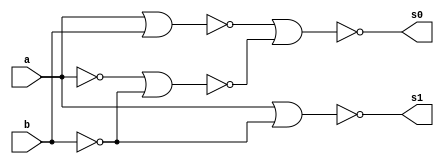
// Guia 04_04 - Meia Diferenca NOR
// Nome: Andr Silveira Gomes de Paiva



module meiadiferenca (s0, s1, a, b);
 output s0, s1;
 input  a, b;
 wire s2,s3,s4,s5,s6;
 
 nor norgate1 (s2, a, a);
 nor norgate2 (s3, b, b);
 nor norgate3 (s4, s2, s3);
 nor norgate4 (s5, a, b);
 nor norgate5 (s0, s5, s4);
 nor norgate6 (s6, s2, s2);
 nor norgate7 (s1, s6, s3);
 
 endmodule



module testmeiadiferenca;
 reg   a, b;             
 wire  s0, s1;
         
 meiadiferenca MEIADIFERENCA1 (s0, s1, a, b);

 initial begin:start
      a=0; b=0;
 end

         // parte principal
 initial begin:main
      $display("Guia 04_04 - Andr Silveira Gomes de Paiva - 371670");
      $display("Test Meia Diferenca com porta NOR");
      $display("\n a | b = s0 s1\n");
      $monitor(" %b | %b = %b %b", a, b, s0, s1);
  #1  a=0; b=1; 
  #1  a=1; b=0; 
  #1  a=1; b=1; 
  
 end

endmodule